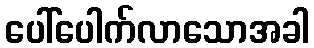
ပေါ်ပေါက်လာသောအခါ